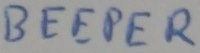
Text: BEEPER